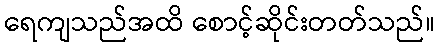
ရေကျသည်အထိ စောင့်ဆိုင်းတတ်သည်။